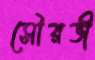
সৌরভী